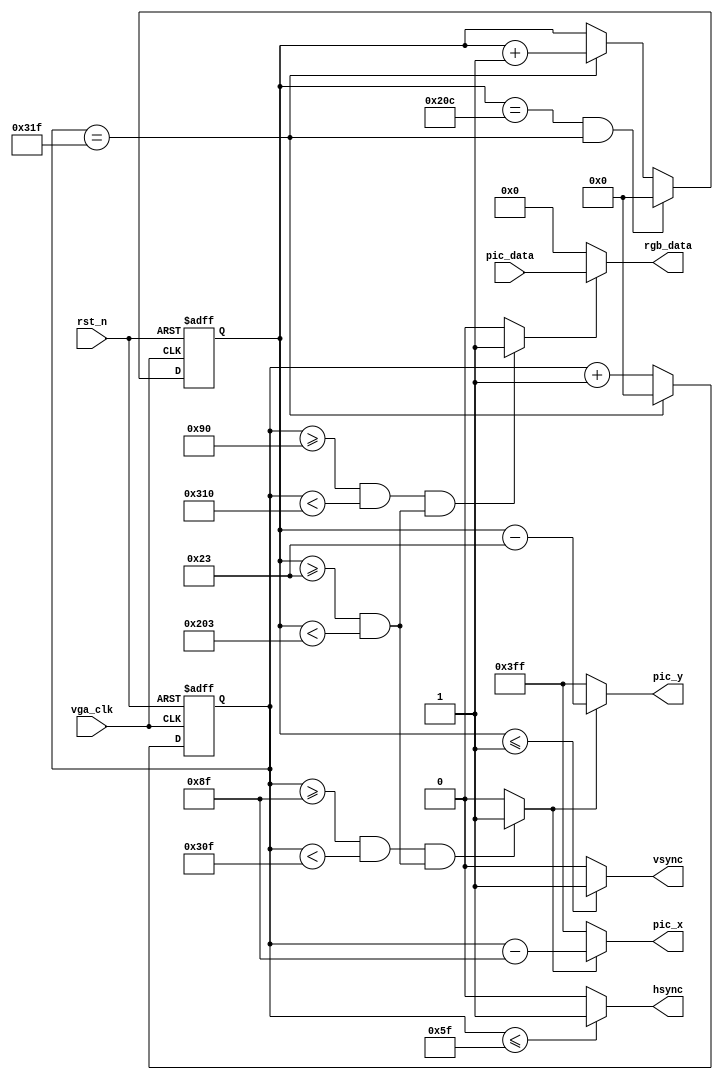
module clk_ctrl (
    input  wire         vga_clk,    //VGA
    input  wire         rst_n,//
    input  wire [15:0]  pic_data,//
    output wire [9:0]   pic_x,//
    output wire [9:0]   pic_y,//
    output wire         hsync,//
    output wire         vsync,//
    output wire [15:0]  rgb_data//VGA
);
//640*480
//parameter define
parameter H_SYNC    =   10'd96  ,   //
          H_BACK    =   10'd40  ,   //
          H_LEFT    =   10'd8   ,   //
          H_VALID   =   10'd640 ,   //
          H_RIGHT   =   10'd8   ,   //
          H_FRONT   =   10'd8   ,   //
          H_TOTAL   =   10'd800 ;   //
parameter V_SYNC    =   10'd2   ,   //
          V_BACK    =   10'd25  ,   //
          V_TOP     =   10'd8   ,   //
          V_VALID   =   10'd480 ,   //
          V_BOTTOM  =   10'd8   ,   //
          V_FRONT   =   10'd2   ,   //
          V_TOTAL   =   10'd525 ;   //

wire rgb_en;//VGA
wire pic_data_request;//
reg [9:0] count_h;//
reg [9:0] count_v;//


//
always @(posedge vga_clk or negedge rst_n) begin
    if (!rst_n) begin
        count_h <= 10'b0;
    end
    else   if (count_h == H_TOTAL -1'b1) begin
        count_h <= 10'b0;
    end
    else
        count_h <= count_h +1'b1;
end
//
assign hsync = (count_h <= H_SYNC -1'b1) ? 1'b1 : 1'b0;

//
always @(posedge vga_clk or negedge rst_n) begin
    if (!rst_n) begin
        count_v <= 10'b0;
    end
    else   if ((count_v == V_TOTAL - 1'b1) && (count_h == H_TOTAL - 1'b1)) begin
        count_v <= 10'b0;
    end
    else    if (count_h == H_TOTAL - 1'b1) begin
        count_v <= count_v + 1'b1;
    end
    else
         count_v <= count_v;
end
//
assign vsync = (count_v <= V_SYNC - 1'b1) ? 1'b1 : 1'b0;

//rgb_en,VGA
assign     rgb_en = (((count_h >= H_SYNC + H_BACK + H_LEFT)
                    && (count_h < H_SYNC + H_BACK + H_LEFT + H_VALID))
                    &&((count_v >= V_SYNC + V_BACK + V_TOP)
                    && (count_v < V_SYNC + V_BACK + V_TOP + V_VALID)))
                    ? 1'b1 : 1'b0;
//pic_data_request
assign     pic_data_request = (((count_h >= H_SYNC + H_BACK + H_LEFT - 1'b1)
                    && (count_h < H_SYNC + H_BACK + H_LEFT + H_VALID - 1'b1))
                    &&((count_v >= V_SYNC + V_BACK + V_TOP)
                    && (count_v < V_SYNC + V_BACK + V_TOP + V_VALID)))
                    ? 1'b1 : 1'b0;


//
assign pic_x = (pic_data_request == 1'b1) ? 
                (count_h - (H_SYNC + H_BACK + H_LEFT - 1'b1)) : 10'h3ff;
assign pic_y = (pic_data_request == 1'b1)
                ? (count_v - (V_SYNC + V_BACK + V_TOP)) : 10'h3ff;
//RGB
assign rgb_data = (rgb_en == 1'b1) ? pic_data : 16'b0;


endmodule //clk_ctrl